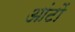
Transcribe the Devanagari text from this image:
आंटों